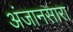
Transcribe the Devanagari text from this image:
अंजानसारा